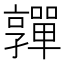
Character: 嚲